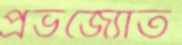
প্রভজ্যোত